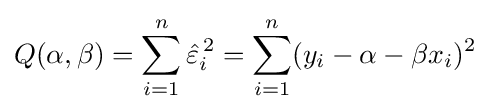
Q(\alpha ,\beta )=\sum _{i=1}^{n}{\hat {\varepsilon }}_{i}^{\,2}=\sum _{i=1}^{n}(y_{i}-\alpha -\beta x_{i})^{2}\